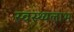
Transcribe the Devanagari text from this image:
स्वस्थ्यलाभ